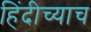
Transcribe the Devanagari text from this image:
हिंदीच्याच